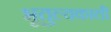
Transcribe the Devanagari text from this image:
भूतुल्यकाली